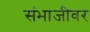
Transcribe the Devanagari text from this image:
संभाजीवर